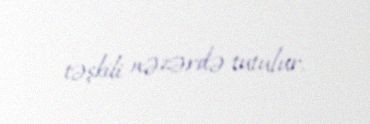
təşkili nəzərdə tutulur.